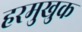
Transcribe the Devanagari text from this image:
हरमुखुक